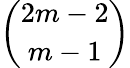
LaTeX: \binom{2m-2}{m-1}